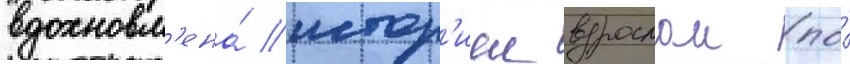
вдохновл'ена́ истор'иеи взрослои (по́